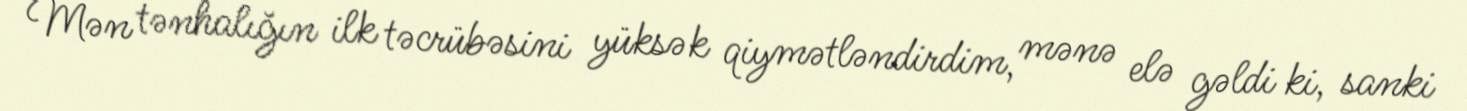
Mən tənhalığın ilk təcrübəsini yüksək qiymətləndirdim, mənə elə gəldi ki, sanki